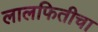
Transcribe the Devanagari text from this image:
लालफितीचा